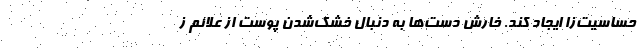
حساسیت‌زا ایجاد کند. خارش دست‌ها به دنبال خشک‌شدن پوست از علائم ز